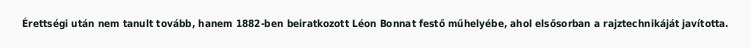
Érettségi után nem tanult tovább, hanem 1882-ben beiratkozott Léon Bonnat festő műhelyébe, ahol elsősorban a rajztechnikáját javította.